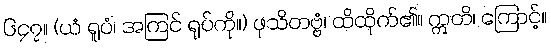
၆၄၇။ (ယံ ရူပံ၊ အကြင် ရုပ်ကို။) ဖုသိတဗ္ဗံ၊ ထိထိုက်၏။ ဣတိ၊ ကြောင့်။